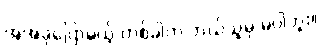
အဲအခုပြောမယ့် တစ်ခါက ဘယ်သူမှ မပါဘူး။